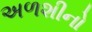
અળશીનો